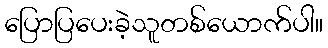
ပြောပြပေးခဲ့သူတစ်ယောက်ပါ။